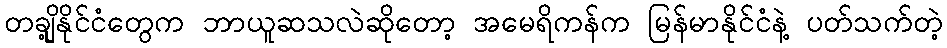
တချို့နိုင်ငံတွေက ဘာယူဆသလဲဆိုတော့ အမေရိကန်က မြန်မာနိုင်ငံနဲ့ ပတ်သက်တဲ့